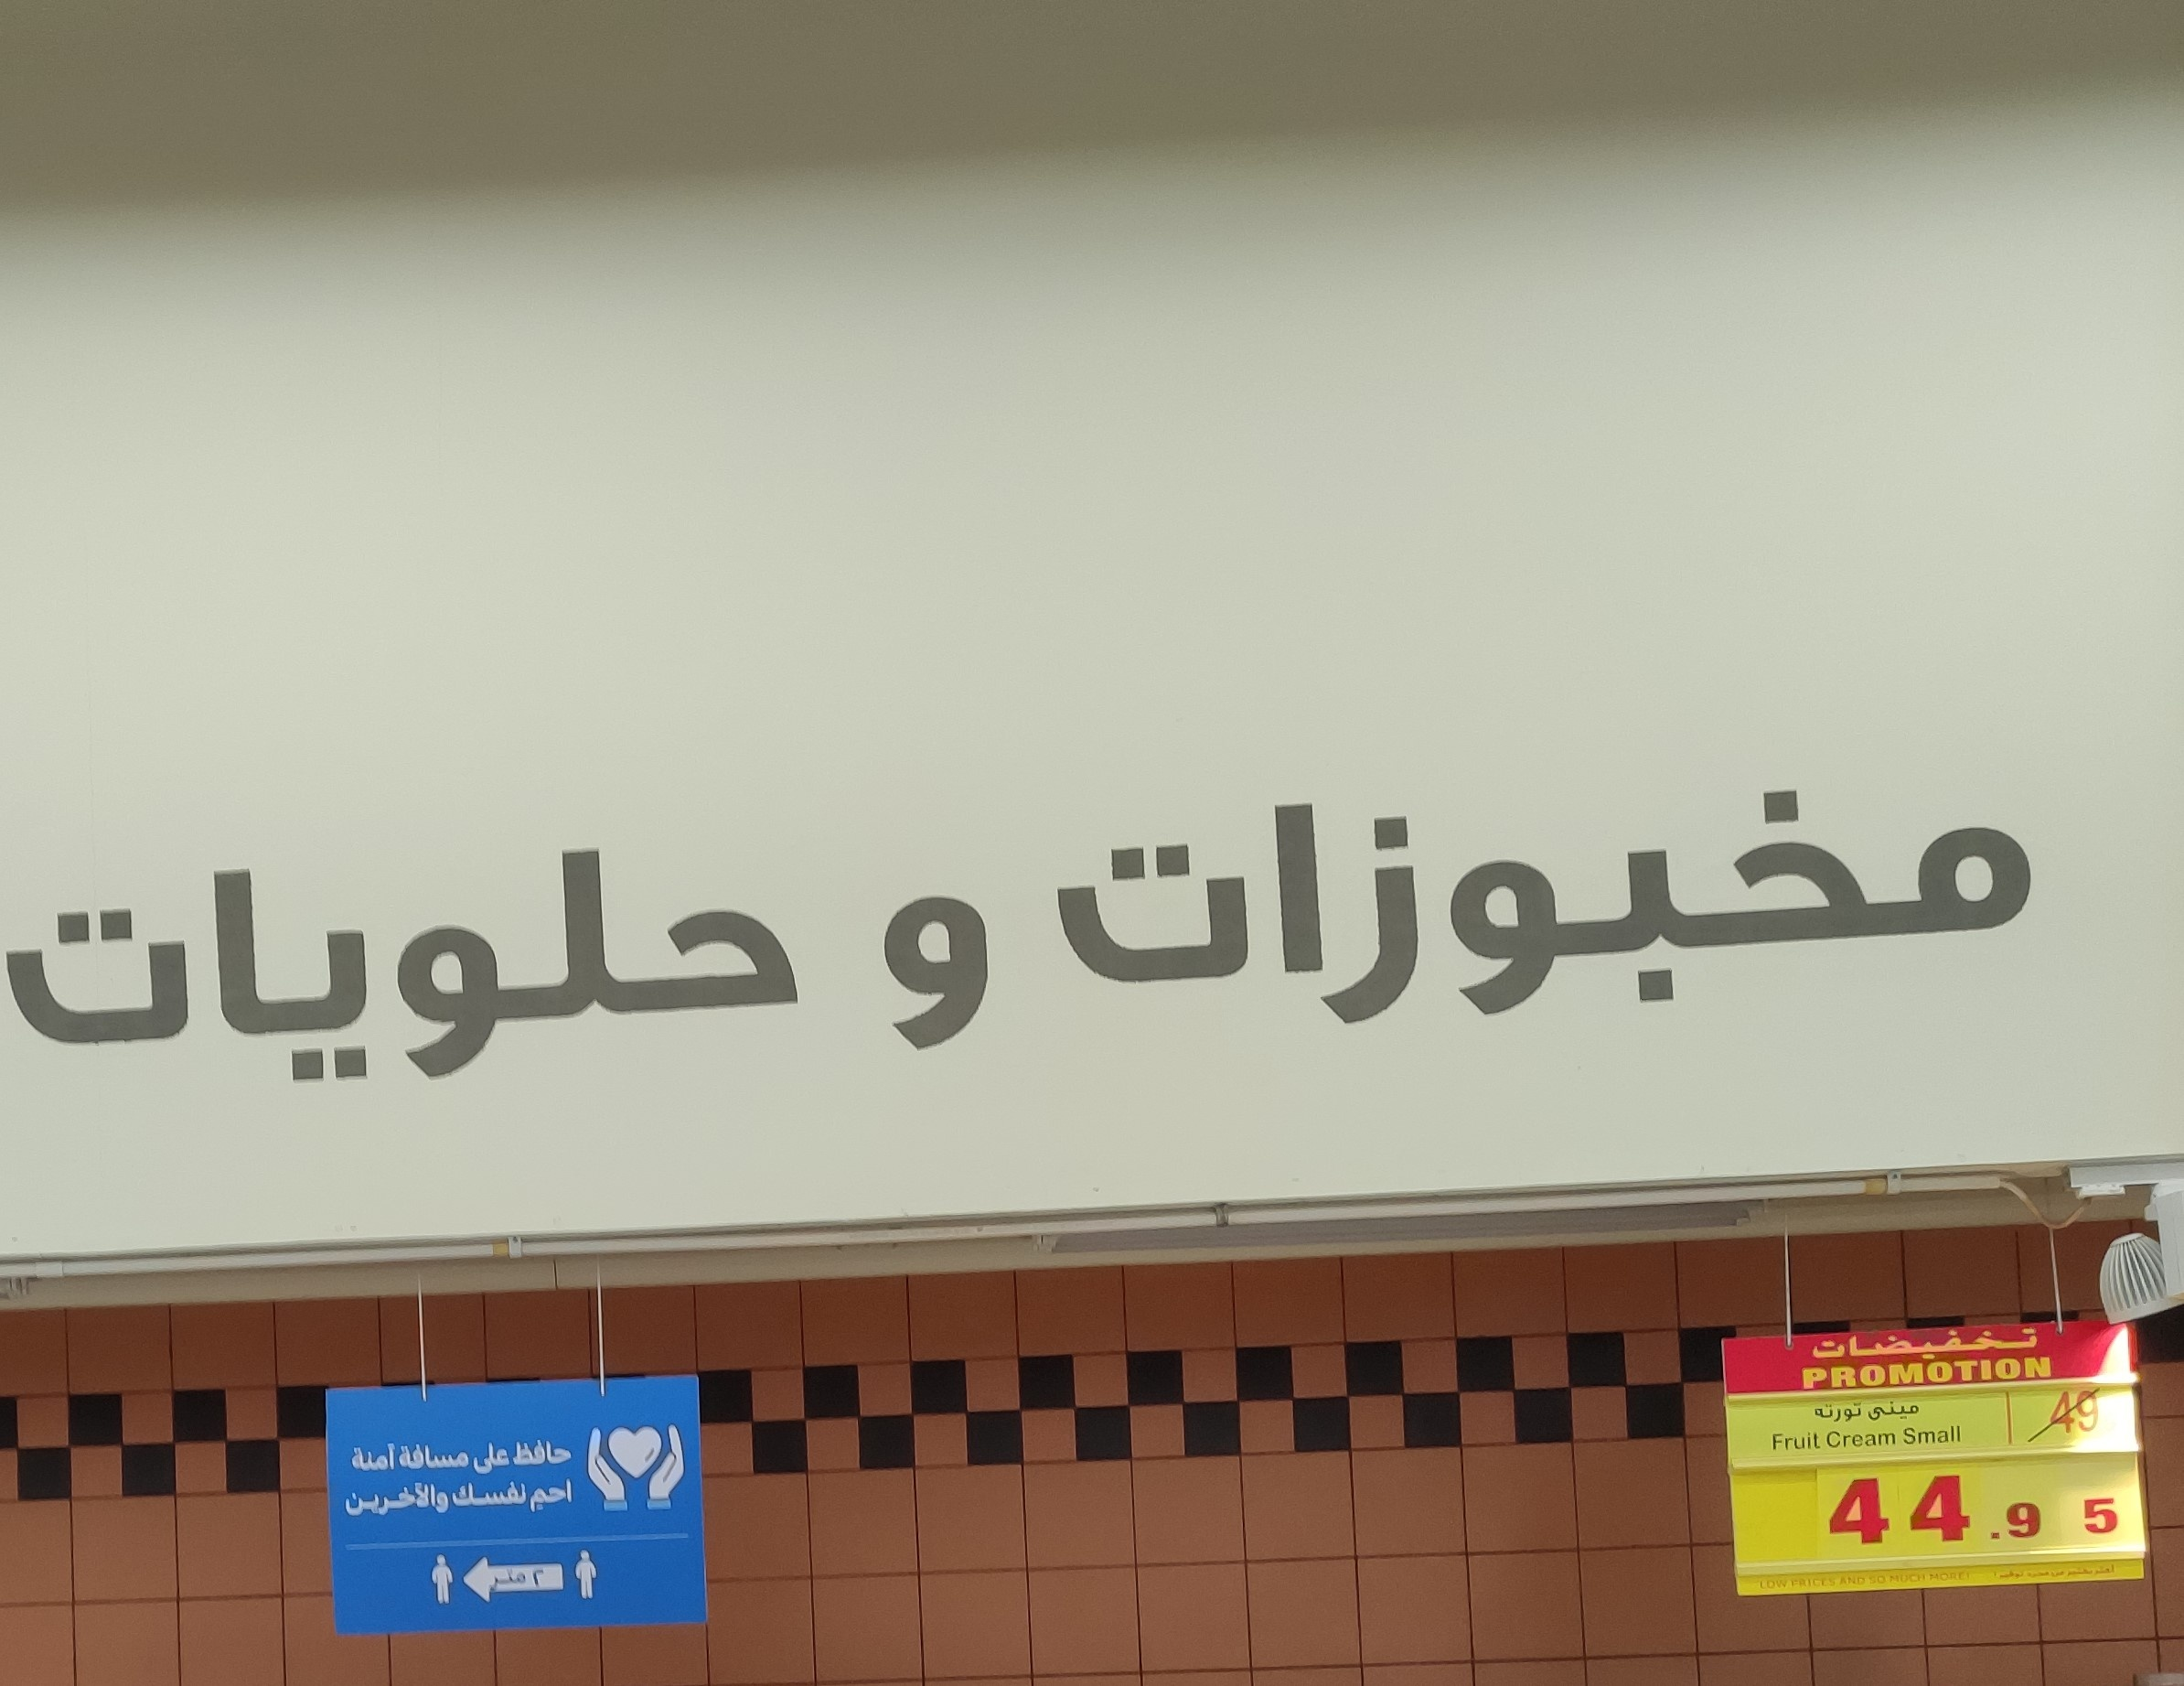
Text in image: مخبوزات و حلويات تخفيضات ميني تورتة حافظ مسافة على آمنة نفسك احم والآخرين PROMOTION Small Cream Fruit 44 5 9